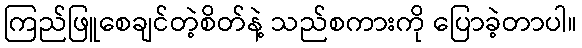
ကြည်ဖြူစေချင်တဲ့စိတ်နဲ့ သည်စကားကို ပြောခဲ့တာပါ။